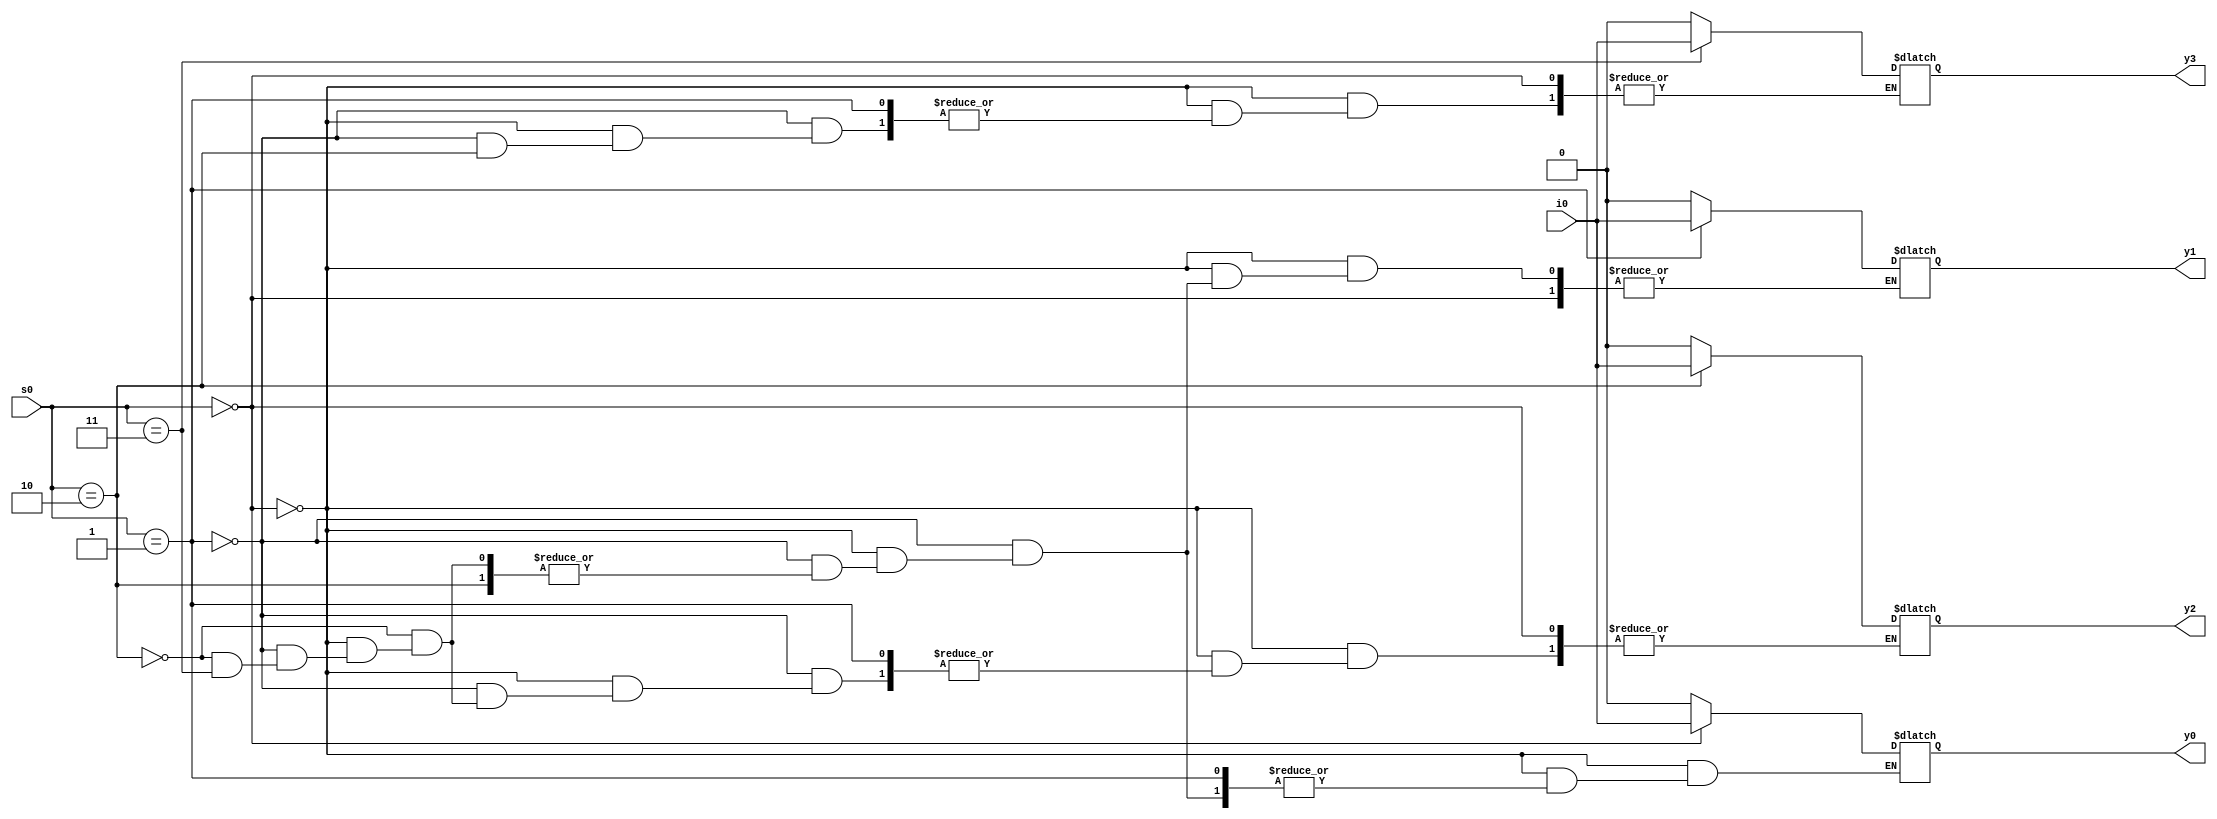
module dmux_1_4(
	input i0,
	input [1:0] s0,
	output reg y0,
	output reg y1,
	output reg y2,
	output reg y3
);
	always @* begin
		if(s0==2'b00)
			y0=i0;
		else if(s0==2'b01)
			y1=i0;
		else if(s0==2'b10)
			y2=i0;
		else if(s0==2'b11)
			y3=i0;
		else begin
			y0=1'b0;
			y1=1'b0;
			y2=1'b0;
			y3=1'b0;
		end
	end
endmodule